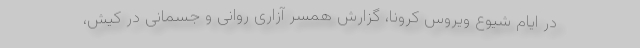
در ایام شیوع ویروس کرونا، گزارش همسر آزاری روانی و جسمانی در کیش،